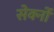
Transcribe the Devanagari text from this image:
सेर्क्नो